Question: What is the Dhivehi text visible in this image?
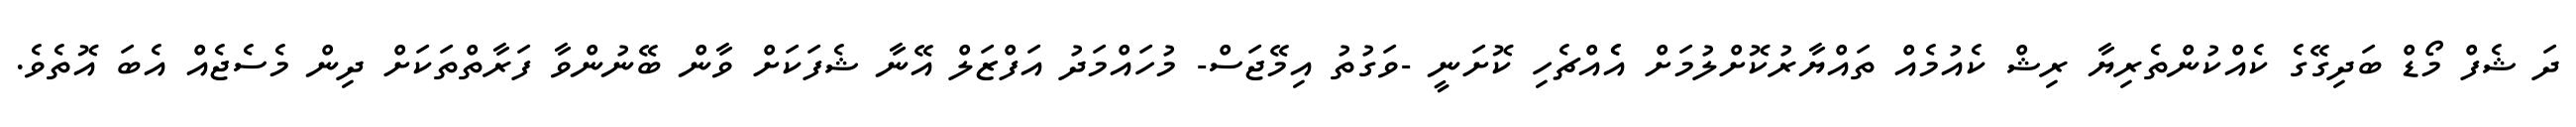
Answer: ދަ ޝެފް މޯޑް ބަދިގޭގެ ކެއްކުންތެރިޔާ ރިޝް ކެއުމެއް ތައްޔާރުކޮށްލުމަށް އެެއްޗެހި ކޮށަނީ -ވަގުތު އިމޭޖަސް- މުހައްމަދު އަފްޒަލް އޭނާ ޝެފަކަށް ވާން ބޭނުންވާ ފަރާތްތަކަށް ދިން މެސެޖެއް އެބަ އޮތެވެ.